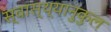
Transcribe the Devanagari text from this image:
स्वास्थ्यानुकुल